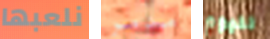
نلعبها مدمر لليوم